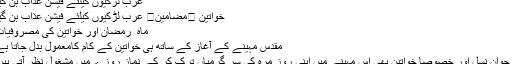
عرب لڑکیوں کیلئے فیشن عذاب بن گیا
خواتین ⬅مضامین⬅ عرب لڑکیوں کیلئے فیشن عذاب بن گیا
ماہ ِ رمضان اور خواتین کی مصروفیات
مقدس مہینے کے آغاز کے ساتھ ہی خواتین کے کام کامعمول بدل جاتا ہے
نوجوان نسل اور خصوصاً خواتین بھی اس مہینے میں اپنی روز مرہ کی سر گرمیاں ترک کر کے نماز روزے میں مشغول نظر آتی ہیں۔